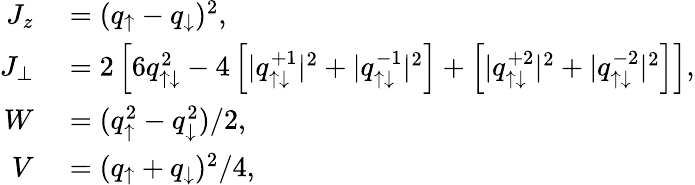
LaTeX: \begin{array}{rl}{J_{z}}&{{}=(q_{\uparrow}-q_{\downarrow})^{2},}\\ {J_{\perp}}&{{}=2\left[6q_{\uparrow\downarrow}^{2}-4\left[|q_{\uparrow\downarrow}^{+1}|^{2}+|q_{\uparrow\downarrow}^{-1}|^{2}\right]+\left[|q_{\uparrow\downarrow}^{+2}|^{2}+|q_{\uparrow\downarrow}^{-2}|^{2}\right]\right],}\\ {W}&{{}=(q_{\uparrow}^{2}-q_{\downarrow}^{2})/2,}\\ {V}&{{}=(q_{\uparrow}+q_{\downarrow})^{2}/4,}\end{array}